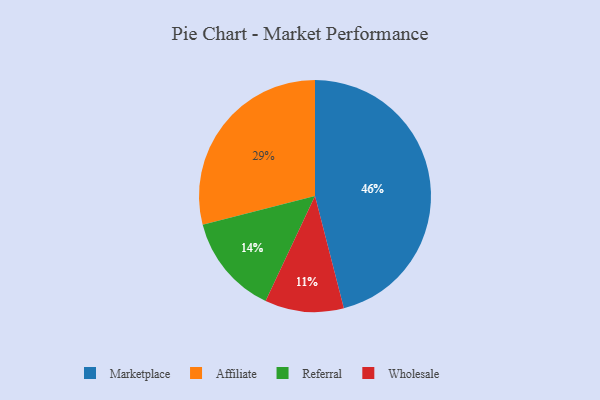
{"axis": {"x": "Category", "y": "Percentage"}, "legend": ["Affiliate", "Marketplace", "Referral", "Wholesale"], "data": [{"x": "Marketplace", "y": 46, "type": "Marketplace"}, {"x": "Affiliate", "y": 29, "type": "Affiliate"}, {"x": "Referral", "y": 14, "type": "Referral"}, {"x": "Wholesale", "y": 11, "type": "Wholesale"}]}